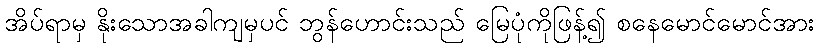
အိပ်ရာမှ နိုးသောအခါကျမှပင် ဘွန်ဟောင်းသည် မြေပုံကိုဖြန့်၍ စနေမောင်မောင်အား